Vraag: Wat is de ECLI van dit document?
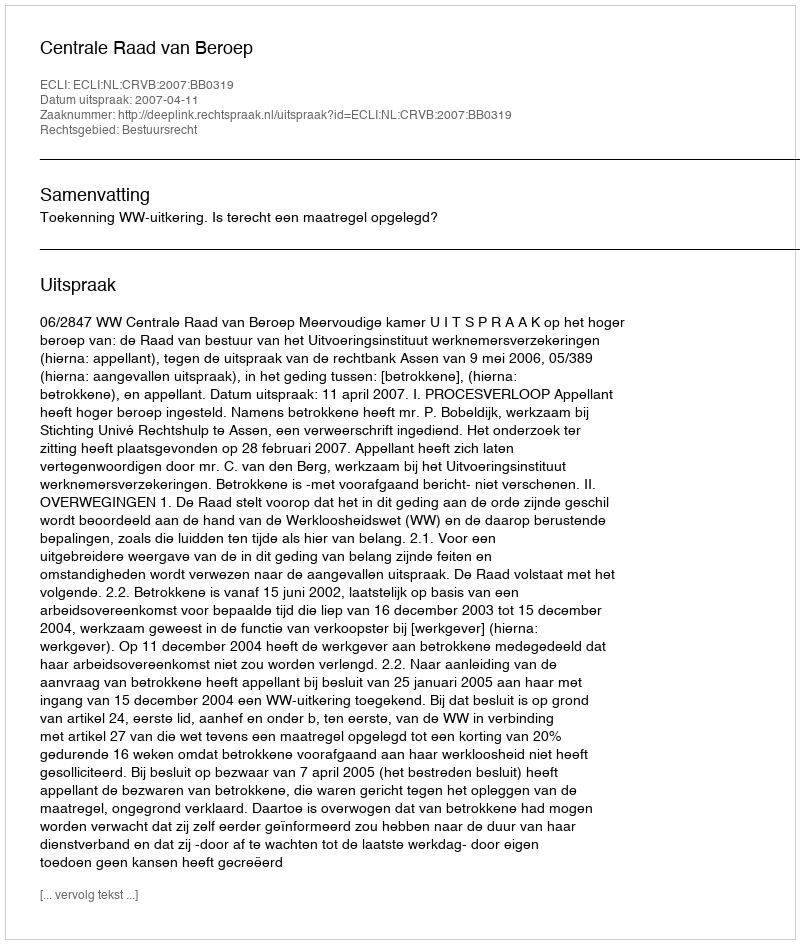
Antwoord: ECLI:NL:CRVB:2007:BB0319